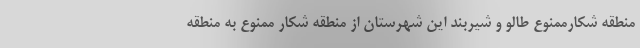
منطقه شکارممنوع طالو و شیربند این شهرستان از منطقه شکار ممنوع به منطقه